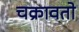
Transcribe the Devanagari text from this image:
चक्रावतो